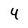
Character: 4